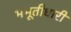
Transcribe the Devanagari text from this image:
भभूतीधारी